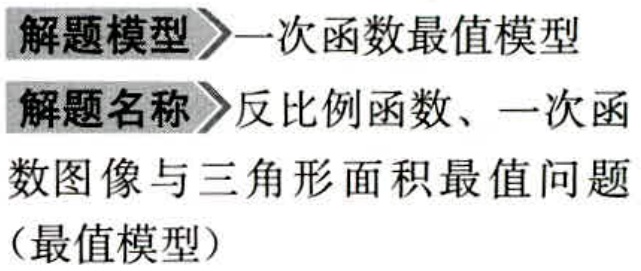
解题模型\rightarrow一次函数最值模型
解题名称\rightarrow反比例函数、一次函
数图像与三角形面积最值问题
（最值模型）